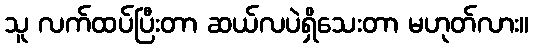
သူ လက်ထပ်ပြီးတာ ဆယ်လပဲရှိသေးတာ မဟုတ်လား။